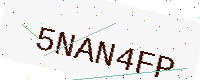
Text: 5NAN4FP